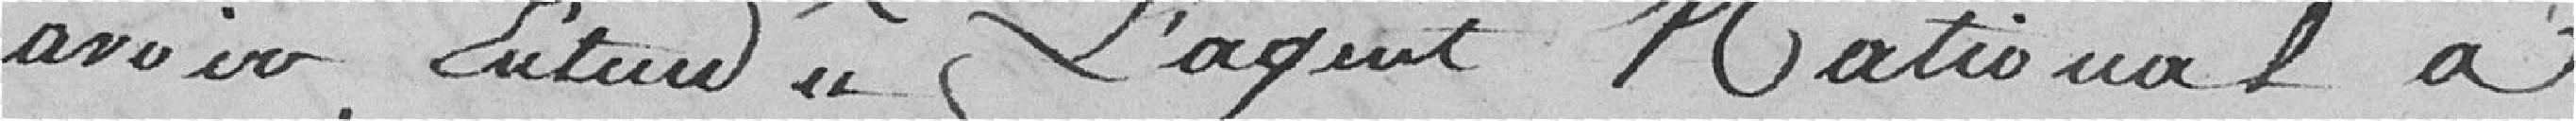
avoir entendu l'agent national a